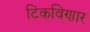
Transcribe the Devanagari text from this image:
टिकविणार